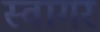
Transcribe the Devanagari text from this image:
स्वागर